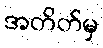
အတိတ်မှ